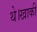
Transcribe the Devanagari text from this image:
थे।खाकी